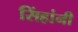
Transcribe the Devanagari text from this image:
सिंहांनी